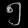
Digit: ၅